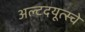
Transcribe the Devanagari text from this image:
अल्टदयूत्स्चे